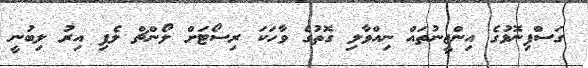
ގަސްފިނޮޅުގެ އިންޖީނުތައް ނިއްވާލި ގޮތުގެ ވާހަކަ ރިސޯޓަށް ލޯންޗް ލެފި އިރު ލިބުނީ